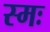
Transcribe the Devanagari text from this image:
स्मः